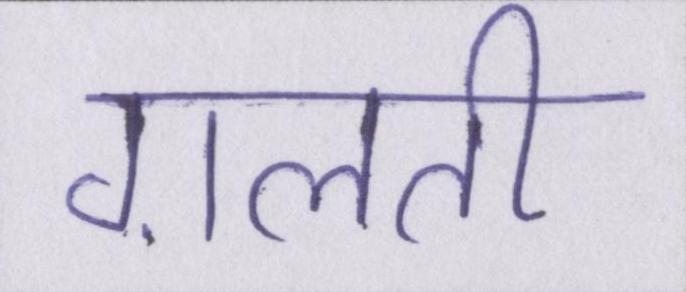
ग़लती